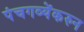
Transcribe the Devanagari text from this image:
पंचगव्येंकरुन